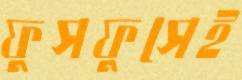
ফুসফুসেই